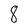
Character: 8